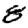
Digit: 8